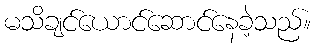
မသိချင်ယောင်ဆောင်နေခဲ့သည်။